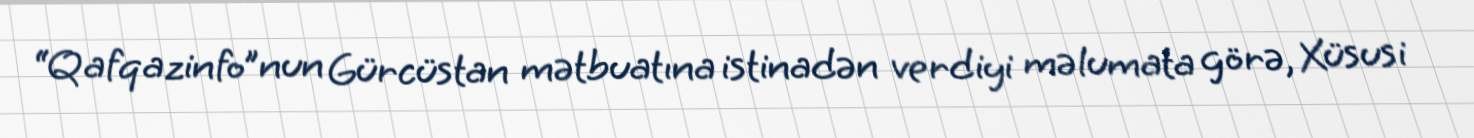
“Qafqazinfo”nun Gürcüstan mətbuatına istinadən verdiyi məlumata görə, Xüsusi